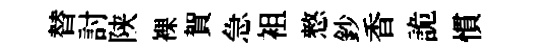
替討陕裸賀急袓憗鈔香詭慣